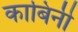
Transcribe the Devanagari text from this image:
काबिनी